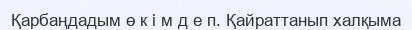
Қарбаңдадым ө к і м д е п. Қайраттанып халқыма